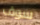
سوف